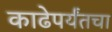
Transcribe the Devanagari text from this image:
काढेपर्यंतचा